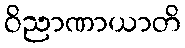
ဝိညာဏာယာတိ